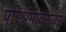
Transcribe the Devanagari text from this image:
परिश्रमाबरोबर